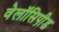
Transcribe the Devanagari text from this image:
वेलॉसिपीड